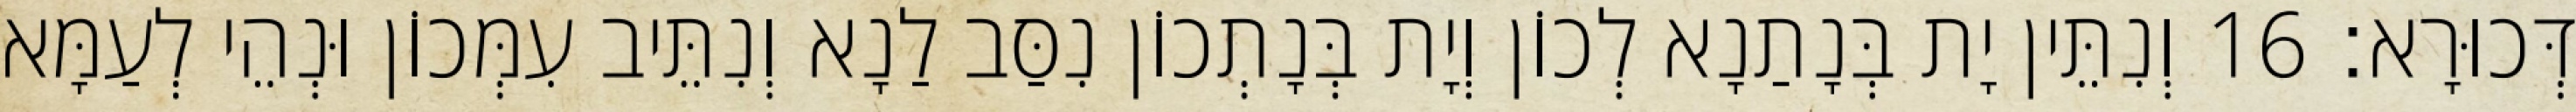
דְּכוּרָא׃ 16 וְנִתֵּין יָת בְּנָתַנָא לְכוֹן וְיָת בְּנָתְכוֹן נִסַּב לַנָא וְנִתֵּיב עִמְּכוֹן וּנְהֵי לְעַמָּא